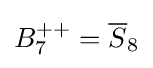
B_{7}^{++}={\overline {S}}_{8}